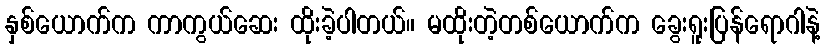
နှစ်ယောက်က ကာကွယ်ဆေး ထိုးခဲ့ပါတယ်။ မထိုးတဲ့တစ်ယောက်က ခွေးရူးပြန်ရောဂါနဲ့